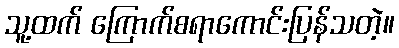
သူ့ထက် ကြောက်စရာကောင်းပြန်သတဲ့။